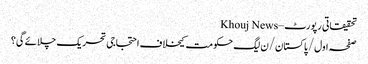
تحقیقاتی رپورٹ – Khouj News
صفحہ اول/پاکستان/ن لیگ حکومت کیخلاف احتجاجی تحریک چلائے گی؟